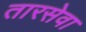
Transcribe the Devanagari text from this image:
तारसेवा